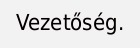
Vezetőség.